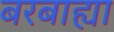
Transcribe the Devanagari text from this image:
बरबाह्या